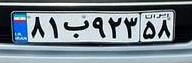
۸۱ب۹۲۳۵۸